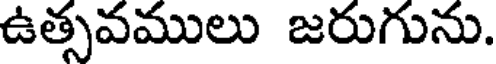
ఉత్సవములు జరుగును.